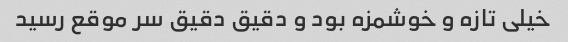
خیلی تازه و خوشمزه بود و دقیق دقیق سر موقع رسید